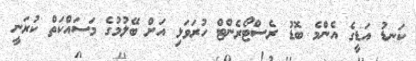
ކަނޑު އަޑީގެ އެންމެ ބޮޑު ރެސްޓޯރެންޓް ހުރަވަޅި އަށް ބޭލުމުގެ މަސައްކަތް ކުރަނީ